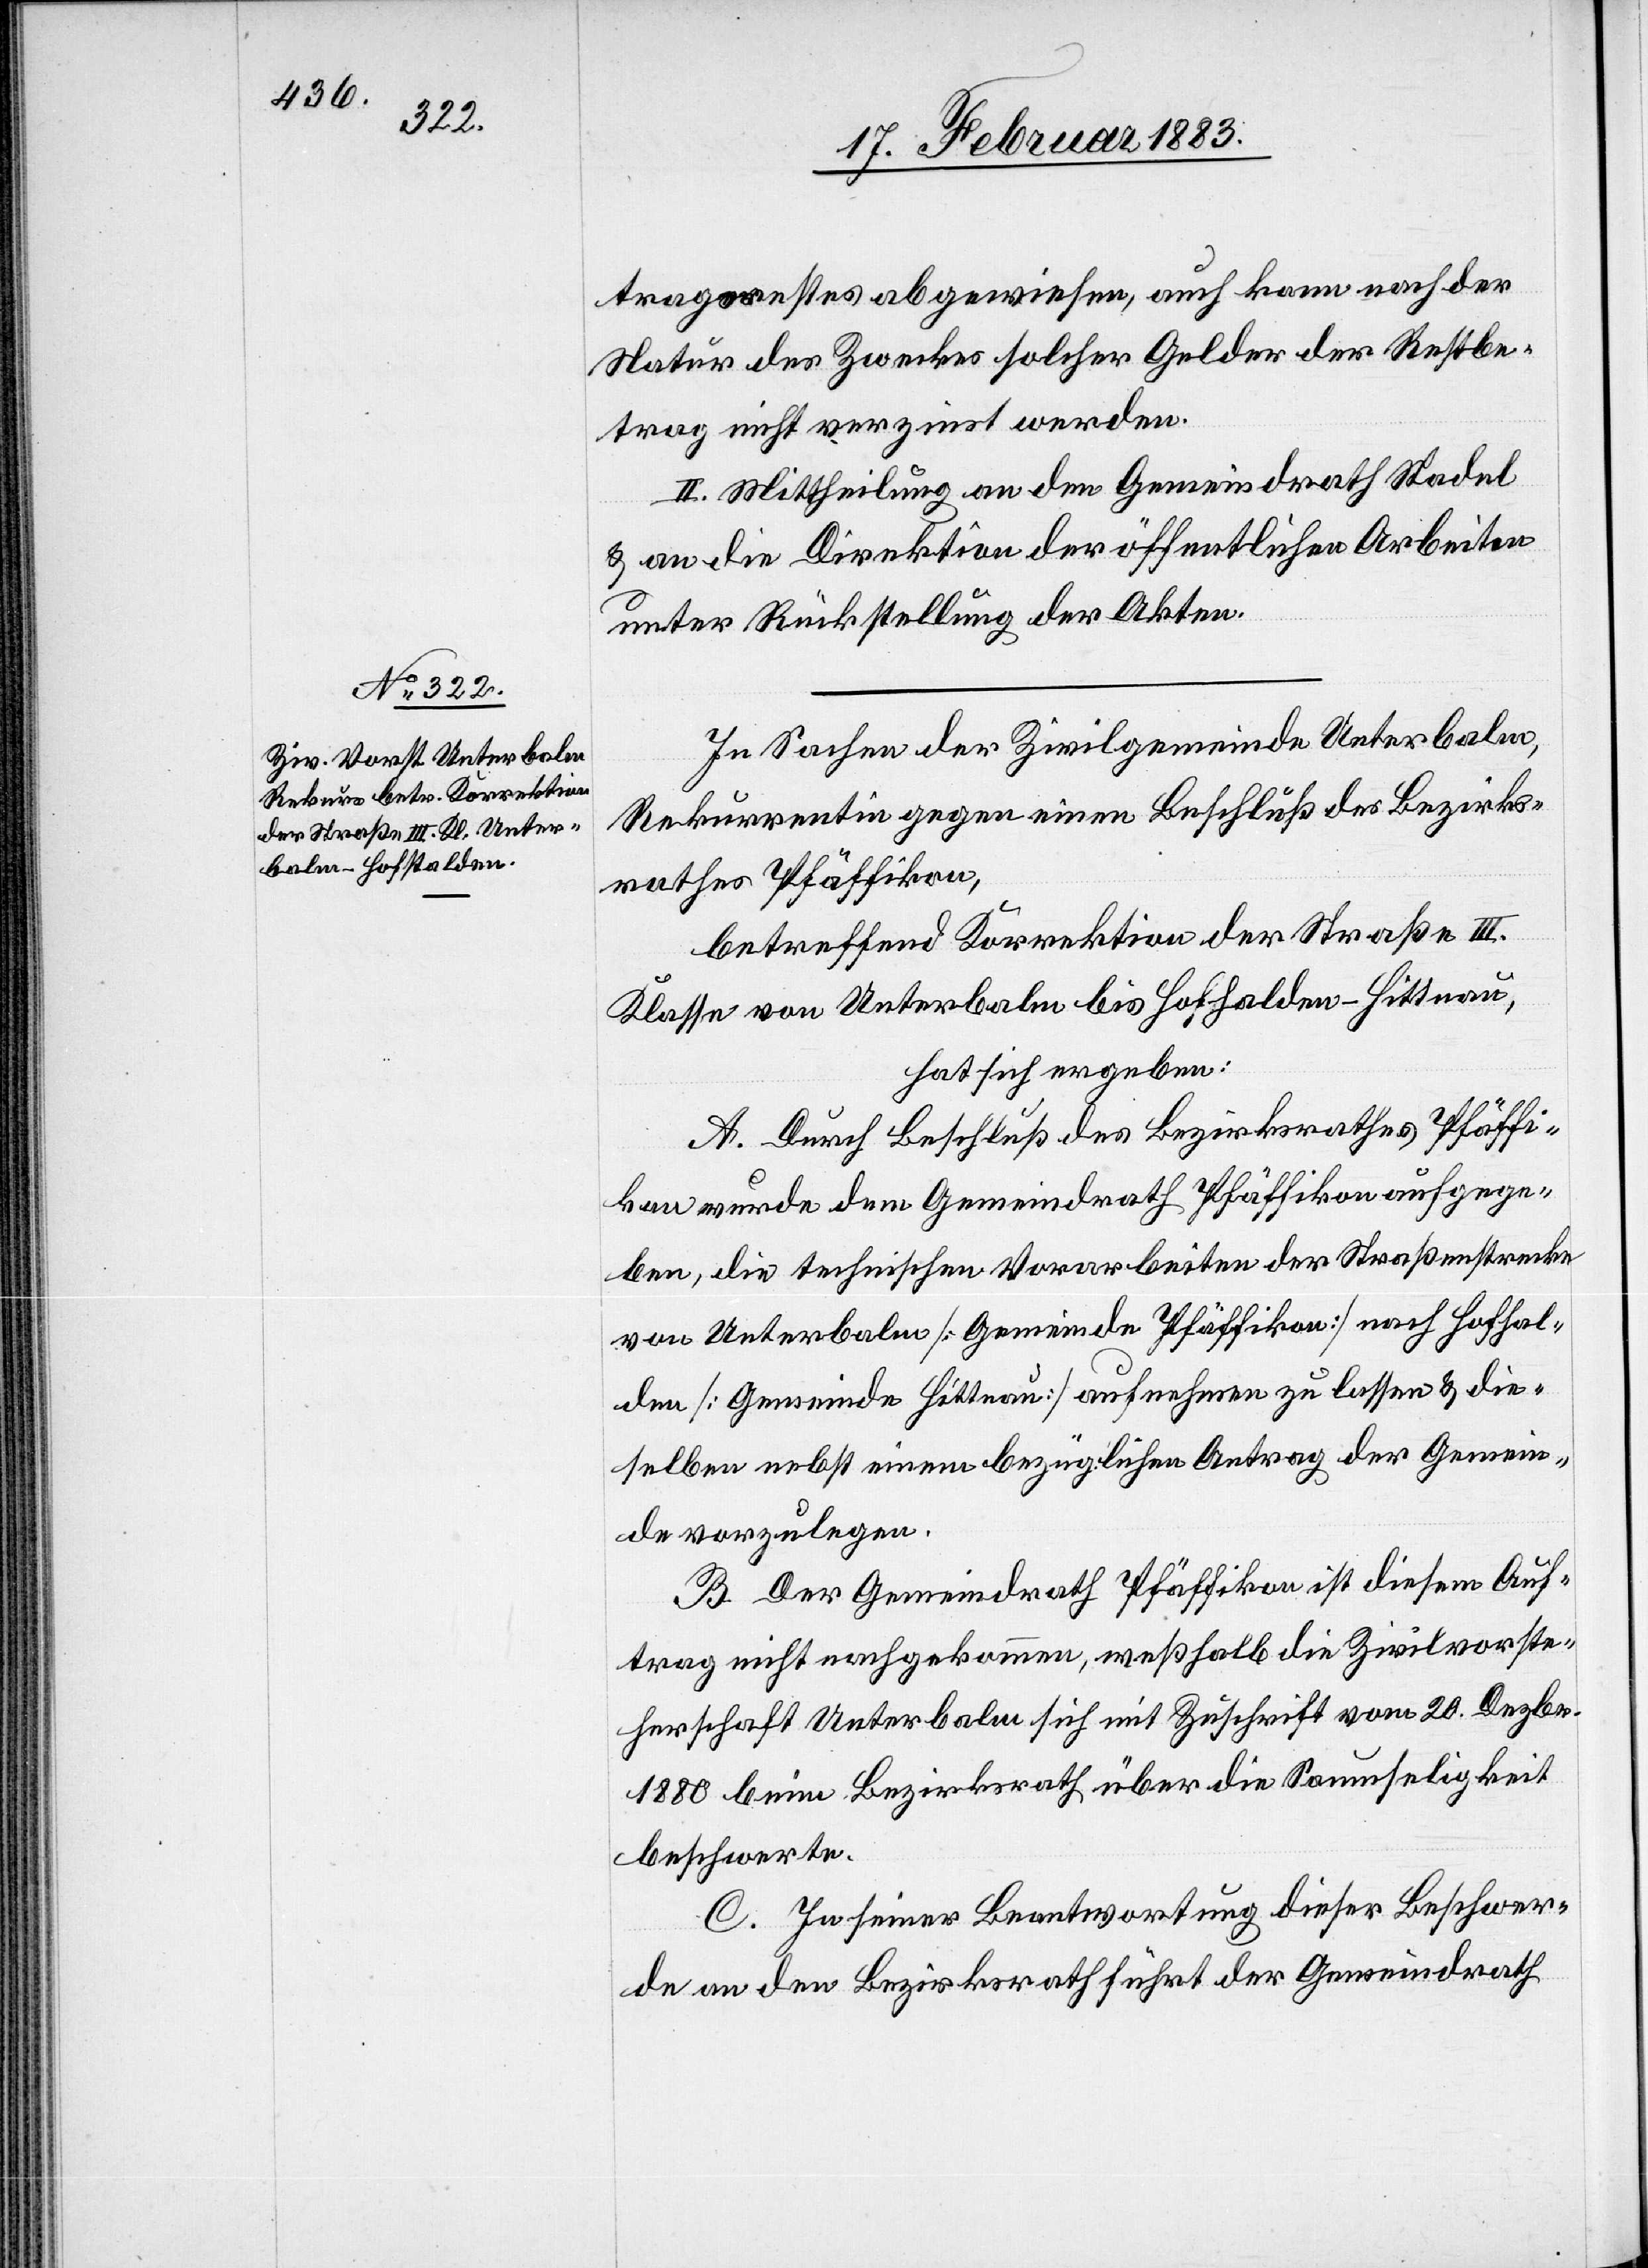
tragsrestes abgewiesen, auch kann nach der
Natur des Zweckes solcher Gelder der Restbe¬
trag nicht verzinst werden.
II. Mittheilung an den Gemeindrath Stadel
& an die Direktion der öffentlichen Arbeiten
unter Rückstellung der Akten.
In Sachen der Zivilgemeinde Unterbalm,
Rekurrentin gegen einen Beschluß des Bezirks¬
rathes Pfäffikon,
betreffend Korrektion der Straße III.
Klasse von Unterbalm bis Hofhalden - Hittnau,
hat sich ergeben:
A. Durch Beschluß des Bezirksrathes Pfäffi¬
kon wurde dem Gemeindrath Pfäffikon aufgege¬
ben, die technischen Vorarbeiten der Straßenstrecke
von Unterbalm [Gemeinde Pfäffikon] nach Hofhal¬
den [Gemeinde Hittnau] aufnehmen zu lassen & die¬
selben nebst einem bezüglichen Antrag der Gemein¬
de vorzulegen.
B. Der Gemeindrath Pfäffikon ist diesem Auf¬
trag nicht nachgekommen, weßhalb die Zivilvorste¬
herschaft Unterbalm sich mit Zuschrift vom 20. Dezbr.
1880 beim Bezirksrath über die Saumseligkeit
beschwerte.
C. In seiner Beantwortung dieser Beschwer¬
de an den Bezirksrath führt der Gemeindrath